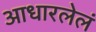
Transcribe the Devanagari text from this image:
आधारलेलं